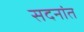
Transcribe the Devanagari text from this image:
सदनांत